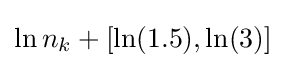
\ln n_{k}+[\ln(1.5),\ln(3)]